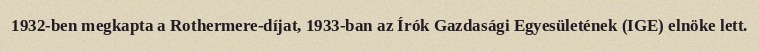
1932-ben megkapta a Rothermere-díjat, 1933-ban az Írók Gazdasági Egyesületének (IGE) elnöke lett.